Regulations for the medical services of the Army of India
Year: 1930
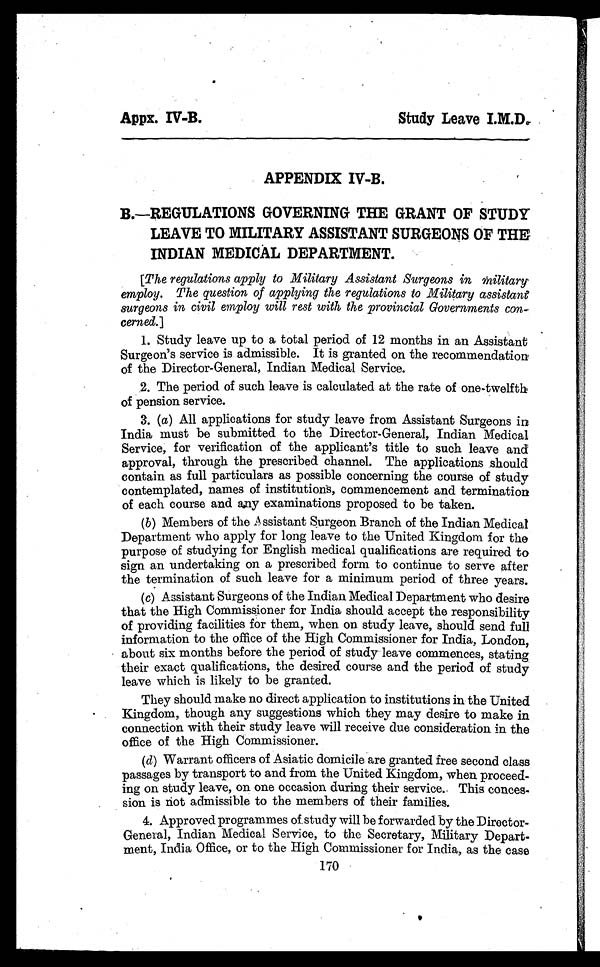
Appx. IV-B.
Study Leave I.M.D
APPENDIX IV-B.
B.—REGULATIONS GOVERNING THE GRANT OF STUDY
LEAVE TO MILITARY ASSISTANT SURGEONS OF THE
INDIAN MEDICAL DEPARTMENT.
[The regulations apply to Military Assistant Surgeons in military
employ. The question of applying the regulations to Military assistant
surgeons in civil employ will rest with the provincial Governments con-
cerned. ]
1. Study leave up to a total period of 12 months in an Assistant
S u r g e o n ’ s s e r v i c e i s a d m i s s i b l e . I t i s g r a n t e d o n t h e r e c o m m e n d a t i o n
of the Director-General, Indian Medical Service.
2. The period of such leave is calculated at the rate of one-twelfth
of pension service.
3. (a) All applications for study leave from Assistant Surgeons in
India must be submitted to the Director-General, Indian Medical
Service, for verification of the applicant's title to such leave and
approval, through the prescribed channel. The applications should
contain as full particulars as possible concerning the course of study
contemplated, names of institutions, commencement and termination
of each course and any examinations proposed to be taken.
(b)Members of the Assistant Surgeon Branch of the Indian Medical
Department who apply for long leave to the United Kingdom for the
purpose of studying for English medical qualifications are required to
sign an undertaking on a prescribed form to continue to serve after
the termination of such leave for a minimum period of three years.
(c)Assistant Surgeons of the Indian Medical Department who desire
that the High Commissioner for India should accept the responsibility
of providing facilities for them, when on study leave, should send full
information to the office of the High Commissioner for India, London,
about six months before the period of study leave commences, stating
their exact qualifications, the desired course and the period of study
leave which is likely to be granted.
They should make no direct application to institutions in the United
Kingdom, though any suggestions which they may desire to make in
connection with their study leave will receive due consideration in the
office of the High Commissioner.
(d)Warrant officers of Asiatic domicile are granted free second class
passages by transport to and from the United Kingdom, when proceed-
ing on study leave, on one occasion during their service. This conces-
sion is not admissible to the members of their families.
4. Approved programmes of study will be forwarded by the Director-
General, Indian Medical Service, to the Secretary, Military Depart-
ment, India Office, or to the High Commissioner for India, as the case
170
•